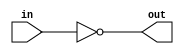
// Developed by Aashi Srivastava
//TITLE: NOT GATE WITH CONTINUOUS ASSIGNMENT

module notGate_CA (in , out); //module name assignment
    input in; // one-bit input
    output out;

    assign out=~in; // Continuous Assiggment using assign. "Out" is net type while "in" is reg type.
    
endmodule